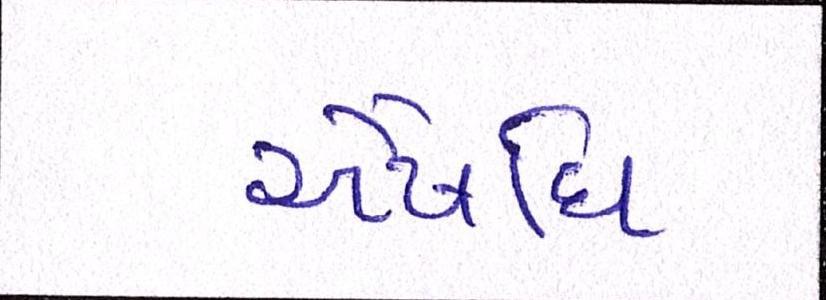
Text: ઔષધિ